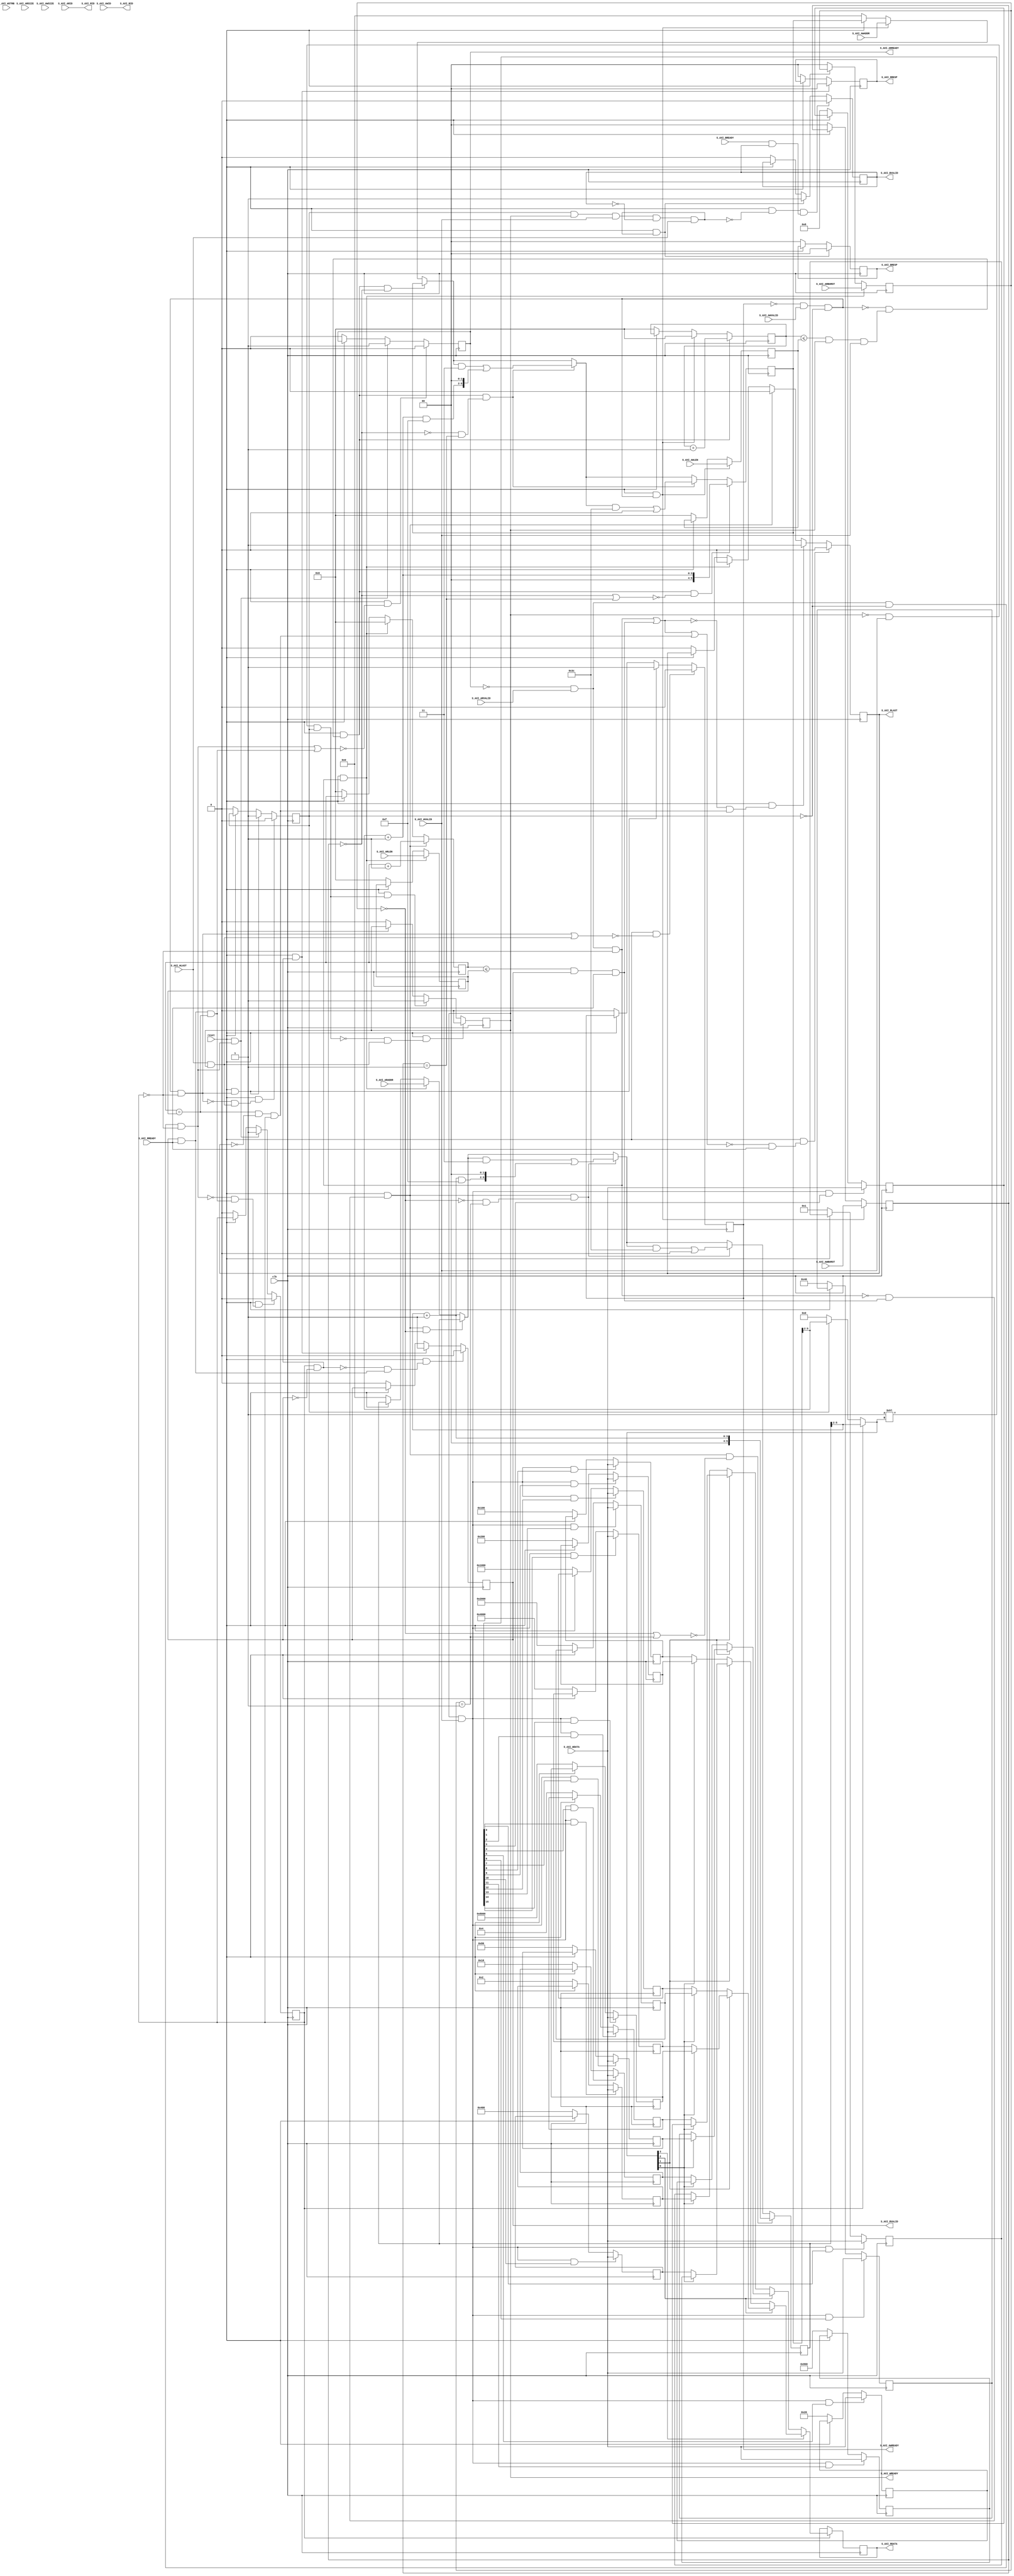
module testSlave(input clk, input reset,
    input  S_AXI_RREADY,
    output S_AXI_RVALID,
    output[5:0] S_AXI_RID,
    output[31:0] S_AXI_RDATA,
    output[1:0] S_AXI_RRESP,
    output S_AXI_RLAST,
    output S_AXI_ARREADY,
    input  S_AXI_ARVALID,
    input [5:0] S_AXI_ARID,
    input [5:0] S_AXI_ARADDR,
    input [7:0] S_AXI_ARLEN,
    input [2:0] S_AXI_ARSIZE,
    input [1:0] S_AXI_ARBURST,
    output S_AXI_WREADY,
    input  S_AXI_WVALID,
    input [31:0] S_AXI_WDATA,
    input [3:0] S_AXI_WSTRB,
    input  S_AXI_WLAST,
    output S_AXI_AWREADY,
    input  S_AXI_AWVALID,
    input [5:0] S_AXI_AWID,
    input [5:0] S_AXI_AWADDR,
    input [7:0] S_AXI_AWLEN,
    input [2:0] S_AXI_AWSIZE,
    input [1:0] S_AXI_AWBURST,
    input  S_AXI_BREADY,
    output S_AXI_BVALID,
    output[5:0] S_AXI_BID,
    output[1:0] S_AXI_BRESP
);

  reg [1:0] axi_bresp;
  wire[1:0] T0;
  wire[1:0] T1;
  wire T2;
  wire T3;
  wire T4;
  wire T5;
  wire T6;
  reg  axi_bvalid;
  wire T7;
  wire T8;
  wire T9;
  wire T10;
  wire T11;
  wire T12;
  wire T13;
  wire T14;
  wire T15;
  reg  axi_wready;
  wire T16;
  wire T17;
  wire T18;
  wire T19;
  wire T20;
  wire T21;
  wire T22;
  wire T23;
  wire T24;
  wire T25;
  wire T26;
  wire T27;
  wire T28;
  reg  axi_awv_awr_flag;
  wire T29;
  wire T30;
  wire T31;
  wire T32;
  wire T33;
  wire T34;
  wire T35;
  reg  axi_arv_arr_flag;
  wire T36;
  wire T37;
  wire T38;
  wire T39;
  wire T40;
  wire T41;
  wire T42;
  wire T43;
  wire T44;
  wire T45;
  wire T46;
  reg  axi_arready;
  wire T47;
  wire T48;
  wire T49;
  wire T50;
  wire T51;
  wire T52;
  wire T53;
  wire T54;
  reg [7:0] axi_arlen;
  wire[7:0] T55;
  wire[7:0] T56;
  wire T57;
  wire T58;
  wire T59;
  wire T60;
  wire T61;
  wire T62;
  wire T63;
  reg [7:0] axi_arlen_cntr;
  wire[7:0] T64;
  wire[7:0] T65;
  wire[7:0] T66;
  wire[7:0] T67;
  wire T68;
  wire T69;
  wire T70;
  wire T71;
  reg  axi_rvalid;
  wire T72;
  wire T73;
  wire T74;
  wire T75;
  wire T76;
  wire T77;
  wire T78;
  wire T79;
  wire T80;
  wire T81;
  wire T82;
  wire T83;
  wire T84;
  wire T85;
  wire T86;
  wire T87;
  wire T88;
  wire T89;
  wire T90;
  wire T91;
  wire T92;
  wire T93;
  wire T94;
  reg  axi_awready;
  wire T95;
  wire T96;
  wire T97;
  wire T98;
  wire T99;
  wire T100;
  wire T101;
  wire T102;
  wire T103;
  wire T104;
  wire T105;
  wire T106;
  reg  axi_rlast;
  wire T107;
  wire T108;
  wire T109;
  wire T110;
  wire T111;
  wire T112;
  wire T113;
  wire T114;
  wire T115;
  wire T116;
  wire T117;
  wire T118;
  wire T119;
  wire T120;
  wire T121;
  wire T122;
  wire T123;
  reg [1:0] axi_rresp;
  wire[1:0] T124;
  wire[1:0] T125;
  reg [31:0] axi_rdata;
  wire[31:0] T126;
  wire[31:0] data_out;
  wire[31:0] T127;
  wire[31:0] T128;
  wire[31:0] T129;
  wire[31:0] T130;
  reg [31:0] bram_0;
  wire[31:0] T131;
  wire[31:0] T132;
  wire T133;
  wire[31:0] data_in;
  wire T134;
  wire T135;
  wire[15:0] T136;
  wire[3:0] T137;
  wire[3:0] mem_address;
  wire[3:0] T138;
  wire[3:0] T139;
  wire[3:0] T140;
  reg [5:0] axi_awaddr;
  wire[5:0] T325;
  wire[6:0] T141;
  wire[6:0] T142;
  wire[6:0] T143;
  wire[6:0] T326;
  wire[5:0] T144;
  wire[5:0] T145;
  wire[5:0] T146;
  wire T147;
  wire T148;
  wire T149;
  wire T150;
  wire T151;
  wire T152;
  wire T153;
  wire T154;
  wire T155;
  reg [1:0] axi_awburst;
  wire[1:0] T156;
  wire[1:0] T157;
  wire T158;
  wire T159;
  wire T160;
  wire T161;
  wire T162;
  reg [7:0] axi_awlen;
  wire[7:0] T163;
  wire[7:0] T164;
  reg [7:0] axi_awlen_cntr;
  wire[7:0] T165;
  wire[7:0] T166;
  wire[7:0] T167;
  wire[7:0] T168;
  wire T169;
  wire[6:0] T170;
  wire[6:0] T327;
  wire[5:0] T171;
  wire[3:0] T172;
  wire[3:0] T173;
  wire[3:0] T174;
  wire[6:0] T175;
  wire[6:0] T176;
  wire[6:0] T177;
  wire[6:0] T328;
  wire[6:0] T178;
  wire[6:0] T179;
  wire[6:0] T329;
  wire[2:0] T180;
  wire[2:0] T181;
  wire[3:0] T330;
  wire T331;
  wire T182;
  wire T183;
  wire T184;
  wire T185;
  wire[6:0] T332;
  wire[3:0] T186;
  wire[3:0] T187;
  wire T188;
  wire T189;
  wire T190;
  wire[3:0] T191;
  reg [5:0] axi_araddr;
  wire[5:0] T333;
  wire[6:0] T192;
  wire[6:0] T193;
  wire[6:0] T194;
  wire[6:0] T334;
  wire[5:0] T195;
  wire[5:0] T196;
  wire[5:0] T197;
  wire T198;
  wire T199;
  reg [1:0] axi_arburst;
  wire[1:0] T200;
  wire[1:0] T201;
  wire[6:0] T202;
  wire[6:0] T335;
  wire[5:0] T203;
  wire[3:0] T204;
  wire[3:0] T205;
  wire[3:0] T206;
  wire[6:0] T207;
  wire[6:0] T208;
  wire[6:0] T209;
  wire[6:0] T336;
  wire[6:0] T210;
  wire[6:0] T211;
  wire[6:0] T337;
  wire[2:0] T212;
  wire[2:0] T213;
  wire[3:0] T338;
  wire T339;
  wire T214;
  wire T215;
  wire T216;
  wire T217;
  wire[6:0] T340;
  wire[3:0] T218;
  wire[3:0] T219;
  wire T220;
  wire T221;
  wire T222;
  wire mem_wren;
  wire T223;
  reg [31:0] bram_1;
  wire[31:0] T224;
  wire[31:0] T225;
  wire T226;
  wire T227;
  wire T228;
  wire T229;
  wire[31:0] T230;
  reg [31:0] bram_2;
  wire[31:0] T231;
  wire[31:0] T232;
  wire T233;
  wire T234;
  wire T235;
  reg [31:0] bram_3;
  wire[31:0] T236;
  wire[31:0] T237;
  wire T238;
  wire T239;
  wire T240;
  wire T241;
  wire T242;
  wire[31:0] T243;
  wire[31:0] T244;
  reg [31:0] bram_4;
  wire[31:0] T245;
  wire[31:0] T246;
  wire T247;
  wire T248;
  wire T249;
  reg [31:0] bram_5;
  wire[31:0] T250;
  wire[31:0] T251;
  wire T252;
  wire T253;
  wire T254;
  wire T255;
  wire[31:0] T256;
  reg [31:0] bram_6;
  wire[31:0] T257;
  wire[31:0] T258;
  wire T259;
  wire T260;
  wire T261;
  reg [31:0] bram_7;
  wire[31:0] T262;
  wire[31:0] T263;
  wire T264;
  wire T265;
  wire T266;
  wire T267;
  wire T268;
  wire T269;
  wire[31:0] T270;
  wire[31:0] T271;
  wire[31:0] T272;
  reg [31:0] bram_8;
  wire[31:0] T273;
  wire[31:0] T274;
  wire T275;
  wire T276;
  wire T277;
  reg [31:0] bram_9;
  wire[31:0] T278;
  wire[31:0] T279;
  wire T280;
  wire T281;
  wire T282;
  wire T283;
  wire[31:0] T284;
  reg [31:0] bram_10;
  wire[31:0] T285;
  wire[31:0] T286;
  wire T287;
  wire T288;
  wire T289;
  reg [31:0] bram_11;
  wire[31:0] T290;
  wire[31:0] T291;
  wire T292;
  wire T293;
  wire T294;
  wire T295;
  wire T296;
  wire[31:0] T297;
  wire[31:0] T298;
  reg [31:0] bram_12;
  wire[31:0] T299;
  wire[31:0] T300;
  wire T301;
  wire T302;
  wire T303;
  reg [31:0] bram_13;
  wire[31:0] T304;
  wire[31:0] T305;
  wire T306;
  wire T307;
  wire T308;
  wire T309;
  wire[31:0] T310;
  reg [31:0] bram_14;
  wire[31:0] T311;
  wire[31:0] T312;
  wire T313;
  wire T314;
  wire T315;
  reg [31:0] bram_15;
  wire[31:0] T316;
  wire[31:0] T317;
  wire T318;
  wire T319;
  wire T320;
  wire T321;
  wire T322;
  wire T323;
  wire T324;
  wire mem_rden;

`ifndef SYNTHESIS
// synthesis translate_off
  integer initvar;
  initial begin
    #0.002;
    axi_bresp = {1{$random}};
    axi_bvalid = {1{$random}};
    axi_wready = {1{$random}};
    axi_awv_awr_flag = {1{$random}};
    axi_arv_arr_flag = {1{$random}};
    axi_arready = {1{$random}};
    axi_arlen = {1{$random}};
    axi_arlen_cntr = {1{$random}};
    axi_rvalid = {1{$random}};
    axi_awready = {1{$random}};
    axi_rlast = {1{$random}};
    axi_rresp = {1{$random}};
    axi_rdata = {1{$random}};
    bram_0 = {1{$random}};
    axi_awaddr = {1{$random}};
    axi_awburst = {1{$random}};
    axi_awlen = {1{$random}};
    axi_awlen_cntr = {1{$random}};
    axi_araddr = {1{$random}};
    axi_arburst = {1{$random}};
    bram_1 = {1{$random}};
    bram_2 = {1{$random}};
    bram_3 = {1{$random}};
    bram_4 = {1{$random}};
    bram_5 = {1{$random}};
    bram_6 = {1{$random}};
    bram_7 = {1{$random}};
    bram_8 = {1{$random}};
    bram_9 = {1{$random}};
    bram_10 = {1{$random}};
    bram_11 = {1{$random}};
    bram_12 = {1{$random}};
    bram_13 = {1{$random}};
    bram_14 = {1{$random}};
    bram_15 = {1{$random}};
  end
// synthesis translate_on
`endif

  assign S_AXI_BRESP = axi_bresp;
  assign T0 = T3 ? 2'h0 : T1;
  assign T1 = T2 ? 2'h0 : axi_bresp;
  assign T2 = reset ^ 1'h1;
  assign T3 = T106 & T4;
  assign T4 = T5 & S_AXI_WLAST;
  assign T5 = T14 & T6;
  assign T6 = ~ axi_bvalid;
  assign T7 = T10 ? 1'h0 : T8;
  assign T8 = T3 ? 1'h1 : T9;
  assign T9 = T2 ? 1'h0 : axi_bvalid;
  assign T10 = T12 & T11;
  assign T11 = S_AXI_BREADY & axi_bvalid;
  assign T12 = T106 & T13;
  assign T13 = T4 ^ 1'h1;
  assign T14 = T15 & S_AXI_WVALID;
  assign T15 = axi_awv_awr_flag & axi_wready;
  assign T16 = T25 ? 1'h0 : T17;
  assign T17 = T20 ? 1'h1 : T18;
  assign T18 = T19 ? 1'h0 : axi_wready;
  assign T19 = reset ^ 1'h1;
  assign T20 = T24 & T21;
  assign T21 = T22 & axi_awv_awr_flag;
  assign T22 = T23 & S_AXI_WVALID;
  assign T23 = axi_wready ^ 1'h1;
  assign T24 = T19 ^ 1'h1;
  assign T25 = T24 & T26;
  assign T26 = T28 & T27;
  assign T27 = S_AXI_WLAST & axi_wready;
  assign T28 = T21 ^ 1'h1;
  assign T29 = T103 ? 1'h0 : T30;
  assign T30 = T33 ? 1'h1 : T31;
  assign T31 = T32 ? 1'h0 : axi_awv_awr_flag;
  assign T32 = reset ^ 1'h1;
  assign T33 = T102 & T34;
  assign T34 = T91 & T35;
  assign T35 = axi_arv_arr_flag ^ 1'h1;
  assign T36 = T88 ? 1'h0 : T37;
  assign T37 = T40 ? 1'h1 : T38;
  assign T38 = T39 ? 1'h0 : axi_arv_arr_flag;
  assign T39 = reset ^ 1'h1;
  assign T40 = T87 & T41;
  assign T41 = T43 & T42;
  assign T42 = axi_arv_arr_flag ^ 1'h1;
  assign T43 = T45 & T44;
  assign T44 = axi_awv_awr_flag ^ 1'h1;
  assign T45 = T46 & S_AXI_ARVALID;
  assign T46 = axi_arready ^ 1'h1;
  assign T47 = T50 ? 1'h0 : T48;
  assign T48 = T40 ? 1'h1 : T49;
  assign T49 = T39 ? 1'h0 : axi_arready;
  assign T50 = T87 & T51;
  assign T51 = T52 ^ 1'h1;
  assign T52 = T41 | T53;
  assign T53 = T86 & T54;
  assign T54 = axi_arlen_cntr == axi_arlen;
  assign T55 = T58 ? S_AXI_ARLEN : T56;
  assign T56 = T57 ? 8'h0 : axi_arlen;
  assign T57 = reset ^ 1'h1;
  assign T58 = T63 & T59;
  assign T59 = T61 & T60;
  assign T60 = axi_arv_arr_flag ^ 1'h1;
  assign T61 = T62 & S_AXI_ARVALID;
  assign T62 = axi_arready ^ 1'h1;
  assign T63 = T57 ^ 1'h1;
  assign T64 = T68 ? T67 : T65;
  assign T65 = T58 ? 8'h0 : T66;
  assign T66 = T57 ? 8'h0 : axi_arlen_cntr;
  assign T67 = axi_arlen_cntr + 8'h1;
  assign T68 = T63 & T69;
  assign T69 = T85 & T70;
  assign T70 = T71 & S_AXI_RREADY;
  assign T71 = T84 & axi_rvalid;
  assign T72 = T80 ? 1'h0 : T73;
  assign T73 = T76 ? 1'h1 : T74;
  assign T74 = T75 ? 1'h0 : axi_rvalid;
  assign T75 = reset ^ 1'h1;
  assign T76 = T79 & T77;
  assign T77 = axi_arv_arr_flag & T78;
  assign T78 = axi_rvalid ^ 1'h1;
  assign T79 = T75 ^ 1'h1;
  assign T80 = T79 & T81;
  assign T81 = T83 & T82;
  assign T82 = axi_rvalid & S_AXI_RREADY;
  assign T83 = T77 ^ 1'h1;
  assign T84 = axi_arlen_cntr <= axi_arlen;
  assign T85 = T59 ^ 1'h1;
  assign T86 = axi_rvalid & S_AXI_RREADY;
  assign T87 = T39 ^ 1'h1;
  assign T88 = T87 & T89;
  assign T89 = T90 & T53;
  assign T90 = T41 ^ 1'h1;
  assign T91 = T93 & T92;
  assign T92 = axi_awv_awr_flag ^ 1'h1;
  assign T93 = T94 & S_AXI_AWVALID;
  assign T94 = axi_awready ^ 1'h1;
  assign T95 = T98 ? 1'h0 : T96;
  assign T96 = T33 ? 1'h1 : T97;
  assign T97 = T32 ? 1'h0 : axi_awready;
  assign T98 = T102 & T99;
  assign T99 = T100 ^ 1'h1;
  assign T100 = T34 | T101;
  assign T101 = S_AXI_WLAST & axi_wready;
  assign T102 = T32 ^ 1'h1;
  assign T103 = T102 & T104;
  assign T104 = T105 & T101;
  assign T105 = T34 ^ 1'h1;
  assign T106 = T2 ^ 1'h1;
  assign S_AXI_BID = S_AXI_AWID;
  assign S_AXI_BVALID = axi_bvalid;
  assign S_AXI_AWREADY = axi_awready;
  assign S_AXI_WREADY = axi_wready;
  assign S_AXI_ARREADY = axi_arready;
  assign S_AXI_RLAST = axi_rlast;
  assign T107 = T120 ? 1'h0 : T108;
  assign T108 = T112 ? 1'h1 : T109;
  assign T109 = T68 ? 1'h0 : T110;
  assign T110 = T58 ? 1'h0 : T111;
  assign T111 = T57 ? 1'h0 : axi_rlast;
  assign T112 = T63 & T113;
  assign T113 = T118 & T114;
  assign T114 = T115 & axi_arv_arr_flag;
  assign T115 = T117 & T116;
  assign T116 = axi_rlast ^ 1'h1;
  assign T117 = axi_arlen_cntr == axi_arlen;
  assign T118 = T119 ^ 1'h1;
  assign T119 = T59 | T70;
  assign T120 = T63 & T121;
  assign T121 = T122 & S_AXI_RREADY;
  assign T122 = T123 ^ 1'h1;
  assign T123 = T119 | T114;
  assign S_AXI_RRESP = axi_rresp;
  assign T124 = T76 ? 2'h0 : T125;
  assign T125 = T75 ? 2'h0 : axi_rresp;
  assign S_AXI_RDATA = axi_rdata;
  assign T126 = mem_rden ? data_out : axi_rdata;
  assign data_out = T127;
  assign T127 = T324 ? T270 : T128;
  assign T128 = T269 ? T243 : T129;
  assign T129 = T242 ? T230 : T130;
  assign T130 = T229 ? bram_1 : bram_0;
  assign T131 = T134 ? data_in : T132;
  assign T132 = T133 ? 32'h1 : bram_0;
  assign T133 = reset ^ 1'h1;
  assign data_in = S_AXI_WDATA;
  assign T134 = mem_wren & T135;
  assign T135 = T136[0];
  assign T136 = 1'h1 << T137;
  assign T137 = mem_address;
  assign mem_address = T138;
  assign T138 = axi_arv_arr_flag ? T191 : T139;
  assign T139 = axi_awv_awr_flag ? T140 : 4'h0;
  assign T140 = axi_awaddr[5:2];
  assign T325 = T141[5:0];
  assign T141 = T188 ? T332 : T142;
  assign T142 = T182 ? T178 : T143;
  assign T143 = T182 ? T170 : T326;
  assign T326 = {1'h0, T144};
  assign T144 = T154 ? axi_awaddr : T145;
  assign T145 = T148 ? S_AXI_AWADDR : T146;
  assign T146 = T147 ? 6'h0 : axi_awaddr;
  assign T147 = reset ^ 1'h1;
  assign T148 = T153 & T149;
  assign T149 = T151 & T150;
  assign T150 = axi_awv_awr_flag ^ 1'h1;
  assign T151 = T152 & S_AXI_AWVALID;
  assign T152 = axi_awready ^ 1'h1;
  assign T153 = T147 ^ 1'h1;
  assign T154 = T158 & T155;
  assign T155 = axi_awburst == 2'h0;
  assign T156 = T148 ? S_AXI_AWBURST : T157;
  assign T157 = T147 ? 2'h0 : axi_awburst;
  assign T158 = T153 & T159;
  assign T159 = T169 & T160;
  assign T160 = T161 & S_AXI_WVALID;
  assign T161 = T162 & axi_wready;
  assign T162 = axi_awlen_cntr <= axi_awlen;
  assign T163 = T148 ? S_AXI_AWLEN : T164;
  assign T164 = T147 ? 8'h0 : axi_awlen;
  assign T165 = T158 ? T168 : T166;
  assign T166 = T148 ? 8'h0 : T167;
  assign T167 = T147 ? 8'h0 : axi_awlen_cntr;
  assign T168 = axi_awlen_cntr + 8'h1;
  assign T169 = T149 ^ 1'h1;
  assign T170 = T175 | T327;
  assign T327 = {1'h0, T171};
  assign T171 = T172 << 2'h2;
  assign T172 = T173 & 4'hf;
  assign T173 = T174 + 4'h1;
  assign T174 = axi_awaddr[5:2];
  assign T175 = T328 & T176;
  assign T176 = ~ T177;
  assign T177 = 7'h3c;
  assign T328 = {1'h0, T144};
  assign T178 = T179 | 7'h0;
  assign T179 = T143 & T329;
  assign T329 = {T330, T180};
  assign T180 = ~ T181;
  assign T181 = 3'h3;
  assign T330 = T331 ? 4'hf : 4'h0;
  assign T331 = T180[2];
  assign T182 = T158 & T183;
  assign T183 = T185 & T184;
  assign T184 = axi_awburst == 2'h1;
  assign T185 = T155 ^ 1'h1;
  assign T332 = {3'h0, T186};
  assign T186 = T187 + 4'h1;
  assign T187 = axi_awaddr[5:2];
  assign T188 = T158 & T189;
  assign T189 = T190 ^ 1'h1;
  assign T190 = T155 | T184;
  assign T191 = axi_araddr[5:2];
  assign T333 = T192[5:0];
  assign T192 = T220 ? T340 : T193;
  assign T193 = T214 ? T210 : T194;
  assign T194 = T214 ? T202 : T334;
  assign T334 = {1'h0, T195};
  assign T195 = T198 ? axi_araddr : T196;
  assign T196 = T58 ? S_AXI_ARADDR : T197;
  assign T197 = T57 ? 6'h0 : axi_araddr;
  assign T198 = T68 & T199;
  assign T199 = axi_arburst == 2'h0;
  assign T200 = T58 ? S_AXI_ARBURST : T201;
  assign T201 = T57 ? 2'h0 : axi_arburst;
  assign T202 = T207 | T335;
  assign T335 = {1'h0, T203};
  assign T203 = T204 << 2'h2;
  assign T204 = T205 & 4'hf;
  assign T205 = T206 + 4'h1;
  assign T206 = axi_araddr[5:2];
  assign T207 = T336 & T208;
  assign T208 = ~ T209;
  assign T209 = 7'h3c;
  assign T336 = {1'h0, T195};
  assign T210 = T211 | 7'h0;
  assign T211 = T194 & T337;
  assign T337 = {T338, T212};
  assign T212 = ~ T213;
  assign T213 = 3'h3;
  assign T338 = T339 ? 4'hf : 4'h0;
  assign T339 = T212[2];
  assign T214 = T68 & T215;
  assign T215 = T217 & T216;
  assign T216 = axi_arburst == 2'h1;
  assign T217 = T199 ^ 1'h1;
  assign T340 = {3'h0, T218};
  assign T218 = T219 + 4'h1;
  assign T219 = axi_araddr[5:2];
  assign T220 = T68 & T221;
  assign T221 = T222 ^ 1'h1;
  assign T222 = T199 | T216;
  assign mem_wren = T223;
  assign T223 = axi_wready & S_AXI_WVALID;
  assign T224 = T227 ? data_in : T225;
  assign T225 = T226 ? 32'h2 : bram_1;
  assign T226 = reset ^ 1'h1;
  assign T227 = mem_wren & T228;
  assign T228 = T136[1];
  assign T229 = T137[0];
  assign T230 = T241 ? bram_3 : bram_2;
  assign T231 = T234 ? data_in : T232;
  assign T232 = T233 ? 32'h4 : bram_2;
  assign T233 = reset ^ 1'h1;
  assign T234 = mem_wren & T235;
  assign T235 = T136[2];
  assign T236 = T239 ? data_in : T237;
  assign T237 = T238 ? 32'h8 : bram_3;
  assign T238 = reset ^ 1'h1;
  assign T239 = mem_wren & T240;
  assign T240 = T136[3];
  assign T241 = T137[0];
  assign T242 = T137[1];
  assign T243 = T268 ? T256 : T244;
  assign T244 = T255 ? bram_5 : bram_4;
  assign T245 = T248 ? data_in : T246;
  assign T246 = T247 ? 32'h10 : bram_4;
  assign T247 = reset ^ 1'h1;
  assign T248 = mem_wren & T249;
  assign T249 = T136[4];
  assign T250 = T253 ? data_in : T251;
  assign T251 = T252 ? 32'h20 : bram_5;
  assign T252 = reset ^ 1'h1;
  assign T253 = mem_wren & T254;
  assign T254 = T136[5];
  assign T255 = T137[0];
  assign T256 = T267 ? bram_7 : bram_6;
  assign T257 = T260 ? data_in : T258;
  assign T258 = T259 ? 32'h40 : bram_6;
  assign T259 = reset ^ 1'h1;
  assign T260 = mem_wren & T261;
  assign T261 = T136[6];
  assign T262 = T265 ? data_in : T263;
  assign T263 = T264 ? 32'h80 : bram_7;
  assign T264 = reset ^ 1'h1;
  assign T265 = mem_wren & T266;
  assign T266 = T136[7];
  assign T267 = T137[0];
  assign T268 = T137[1];
  assign T269 = T137[2];
  assign T270 = T323 ? T297 : T271;
  assign T271 = T296 ? T284 : T272;
  assign T272 = T283 ? bram_9 : bram_8;
  assign T273 = T276 ? data_in : T274;
  assign T274 = T275 ? 32'h100 : bram_8;
  assign T275 = reset ^ 1'h1;
  assign T276 = mem_wren & T277;
  assign T277 = T136[8];
  assign T278 = T281 ? data_in : T279;
  assign T279 = T280 ? 32'h200 : bram_9;
  assign T280 = reset ^ 1'h1;
  assign T281 = mem_wren & T282;
  assign T282 = T136[9];
  assign T283 = T137[0];
  assign T284 = T295 ? bram_11 : bram_10;
  assign T285 = T288 ? data_in : T286;
  assign T286 = T287 ? 32'h400 : bram_10;
  assign T287 = reset ^ 1'h1;
  assign T288 = mem_wren & T289;
  assign T289 = T136[10];
  assign T290 = T293 ? data_in : T291;
  assign T291 = T292 ? 32'h800 : bram_11;
  assign T292 = reset ^ 1'h1;
  assign T293 = mem_wren & T294;
  assign T294 = T136[11];
  assign T295 = T137[0];
  assign T296 = T137[1];
  assign T297 = T322 ? T310 : T298;
  assign T298 = T309 ? bram_13 : bram_12;
  assign T299 = T302 ? data_in : T300;
  assign T300 = T301 ? 32'h1000 : bram_12;
  assign T301 = reset ^ 1'h1;
  assign T302 = mem_wren & T303;
  assign T303 = T136[12];
  assign T304 = T307 ? data_in : T305;
  assign T305 = T306 ? 32'h2000 : bram_13;
  assign T306 = reset ^ 1'h1;
  assign T307 = mem_wren & T308;
  assign T308 = T136[13];
  assign T309 = T137[0];
  assign T310 = T321 ? bram_15 : bram_14;
  assign T311 = T314 ? data_in : T312;
  assign T312 = T313 ? 32'h4000 : bram_14;
  assign T313 = reset ^ 1'h1;
  assign T314 = mem_wren & T315;
  assign T315 = T136[14];
  assign T316 = T319 ? data_in : T317;
  assign T317 = T318 ? 32'h8000 : bram_15;
  assign T318 = reset ^ 1'h1;
  assign T319 = mem_wren & T320;
  assign T320 = T136[15];
  assign T321 = T137[0];
  assign T322 = T137[1];
  assign T323 = T137[2];
  assign T324 = T137[3];
  assign mem_rden = axi_arv_arr_flag;
  assign S_AXI_RID = S_AXI_ARID;
  assign S_AXI_RVALID = axi_rvalid;

  always @(posedge clk) begin
    if(T3) begin
      axi_bresp <= 2'h0;
    end else if(T2) begin
      axi_bresp <= 2'h0;
    end
    if(T10) begin
      axi_bvalid <= 1'h0;
    end else if(T3) begin
      axi_bvalid <= 1'h1;
    end else if(T2) begin
      axi_bvalid <= 1'h0;
    end
    if(T25) begin
      axi_wready <= 1'h0;
    end else if(T20) begin
      axi_wready <= 1'h1;
    end else if(T19) begin
      axi_wready <= 1'h0;
    end
    if(T103) begin
      axi_awv_awr_flag <= 1'h0;
    end else if(T33) begin
      axi_awv_awr_flag <= 1'h1;
    end else if(T32) begin
      axi_awv_awr_flag <= 1'h0;
    end
    if(T88) begin
      axi_arv_arr_flag <= 1'h0;
    end else if(T40) begin
      axi_arv_arr_flag <= 1'h1;
    end else if(T39) begin
      axi_arv_arr_flag <= 1'h0;
    end
    if(T50) begin
      axi_arready <= 1'h0;
    end else if(T40) begin
      axi_arready <= 1'h1;
    end else if(T39) begin
      axi_arready <= 1'h0;
    end
    if(T58) begin
      axi_arlen <= S_AXI_ARLEN;
    end else if(T57) begin
      axi_arlen <= 8'h0;
    end
    if(T68) begin
      axi_arlen_cntr <= T67;
    end else if(T58) begin
      axi_arlen_cntr <= 8'h0;
    end else if(T57) begin
      axi_arlen_cntr <= 8'h0;
    end
    if(T80) begin
      axi_rvalid <= 1'h0;
    end else if(T76) begin
      axi_rvalid <= 1'h1;
    end else if(T75) begin
      axi_rvalid <= 1'h0;
    end
    if(T98) begin
      axi_awready <= 1'h0;
    end else if(T33) begin
      axi_awready <= 1'h1;
    end else if(T32) begin
      axi_awready <= 1'h0;
    end
    if(T120) begin
      axi_rlast <= 1'h0;
    end else if(T112) begin
      axi_rlast <= 1'h1;
    end else if(T68) begin
      axi_rlast <= 1'h0;
    end else if(T58) begin
      axi_rlast <= 1'h0;
    end else if(T57) begin
      axi_rlast <= 1'h0;
    end
    if(T76) begin
      axi_rresp <= 2'h0;
    end else if(T75) begin
      axi_rresp <= 2'h0;
    end
    if(mem_rden) begin
      axi_rdata <= data_out;
    end
    if(T134) begin
      bram_0 <= data_in;
    end else if(T133) begin
      bram_0 <= 32'h1;
    end
    axi_awaddr <= T325;
    if(T148) begin
      axi_awburst <= S_AXI_AWBURST;
    end else if(T147) begin
      axi_awburst <= 2'h0;
    end
    if(T148) begin
      axi_awlen <= S_AXI_AWLEN;
    end else if(T147) begin
      axi_awlen <= 8'h0;
    end
    if(T158) begin
      axi_awlen_cntr <= T168;
    end else if(T148) begin
      axi_awlen_cntr <= 8'h0;
    end else if(T147) begin
      axi_awlen_cntr <= 8'h0;
    end
    axi_araddr <= T333;
    if(T58) begin
      axi_arburst <= S_AXI_ARBURST;
    end else if(T57) begin
      axi_arburst <= 2'h0;
    end
    if(T227) begin
      bram_1 <= data_in;
    end else if(T226) begin
      bram_1 <= 32'h2;
    end
    if(T234) begin
      bram_2 <= data_in;
    end else if(T233) begin
      bram_2 <= 32'h4;
    end
    if(T239) begin
      bram_3 <= data_in;
    end else if(T238) begin
      bram_3 <= 32'h8;
    end
    if(T248) begin
      bram_4 <= data_in;
    end else if(T247) begin
      bram_4 <= 32'h10;
    end
    if(T253) begin
      bram_5 <= data_in;
    end else if(T252) begin
      bram_5 <= 32'h20;
    end
    if(T260) begin
      bram_6 <= data_in;
    end else if(T259) begin
      bram_6 <= 32'h40;
    end
    if(T265) begin
      bram_7 <= data_in;
    end else if(T264) begin
      bram_7 <= 32'h80;
    end
    if(T276) begin
      bram_8 <= data_in;
    end else if(T275) begin
      bram_8 <= 32'h100;
    end
    if(T281) begin
      bram_9 <= data_in;
    end else if(T280) begin
      bram_9 <= 32'h200;
    end
    if(T288) begin
      bram_10 <= data_in;
    end else if(T287) begin
      bram_10 <= 32'h400;
    end
    if(T293) begin
      bram_11 <= data_in;
    end else if(T292) begin
      bram_11 <= 32'h800;
    end
    if(T302) begin
      bram_12 <= data_in;
    end else if(T301) begin
      bram_12 <= 32'h1000;
    end
    if(T307) begin
      bram_13 <= data_in;
    end else if(T306) begin
      bram_13 <= 32'h2000;
    end
    if(T314) begin
      bram_14 <= data_in;
    end else if(T313) begin
      bram_14 <= 32'h4000;
    end
    if(T319) begin
      bram_15 <= data_in;
    end else if(T318) begin
      bram_15 <= 32'h8000;
    end
  end
endmodule